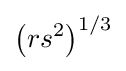
\left(rs^{2}\right)^{1/3}